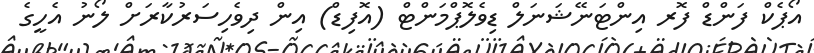
އޯޕެކް ފަންޑް ފޮރ އިންޓަނޭޝަނަލް ޑިވެލޮޕްމަންޓް (އޮފިޑް) އިން ދިވެހިސަރުކާރަށް ލޯނު އެހީގެ